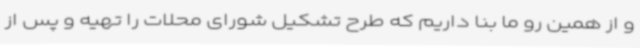
و از همین رو ما بنا داریم که طرح تشکیل شورای محلات را تهیه و پس از